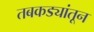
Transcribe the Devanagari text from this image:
तबकड्यांतून